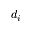
d _ { i }